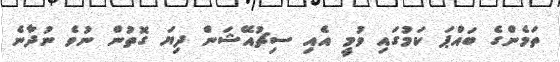
ތަމެންގެ ބައްޕަ ކަމުގައި ވުމީ އެއި ސިޗުއޭޝަން ދިޔަ ގޮތުން ނުވެ ނުދާނެ